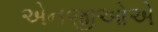
એનજીઓએ